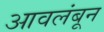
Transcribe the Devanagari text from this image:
आवलंबून